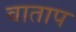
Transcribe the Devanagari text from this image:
वाताप